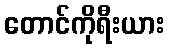
တောင်ကိုရီးယား